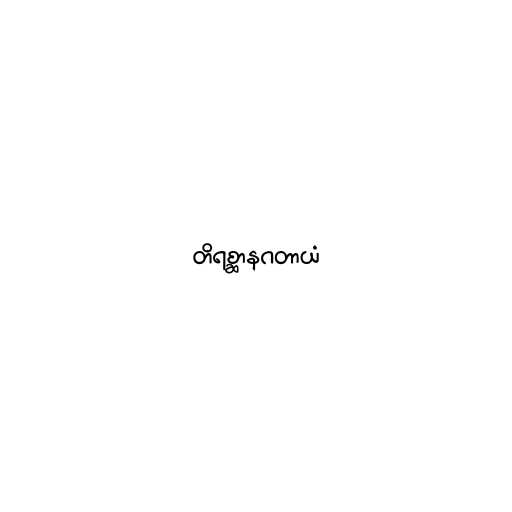
တိရစ္ဆာနဂတာယံ